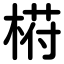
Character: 﨓